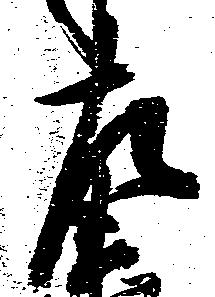
左